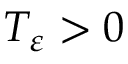
T _ { \varepsilon } > 0